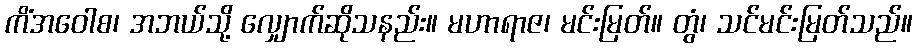
ကိံအဝေါစ၊ အဘယ်သို့ လျှောက်ဆိုသနည်း။ မဟာရာဇ၊ မင်းမြတ်။ တွံ၊ သင်မင်းမြတ်သည်။